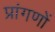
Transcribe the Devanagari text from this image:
प्रांगणों